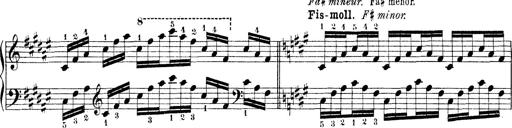
Title: Technische Studien
Composer: Franz Liszt